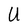
Character: U